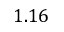
1 . 1 6